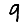
Digit: 9